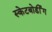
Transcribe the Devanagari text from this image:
स्केटबोर्डींग